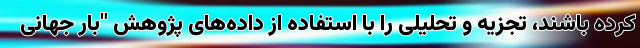
کرده باشند، تجزیه و تحلیلی را با استفاده از داده‌های پژوهش "بار جهانی